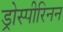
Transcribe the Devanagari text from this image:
ड्रोस्पीरिनन